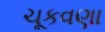
ચૂકવણા